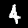
Digit: 4